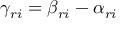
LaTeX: \gamma _ { r i } = \beta _ { r i } - \alpha _ { r i }